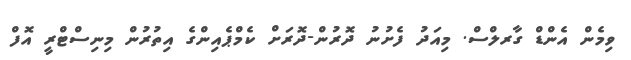
ވިމެން އެންޑް ގާރލްސް. މިއަދު ފެށުނު ދޮރުން-ދޮރަށް ކެމްޕެއިންގެ އިތުރުން މިނިސްޓްރީ އޮފް